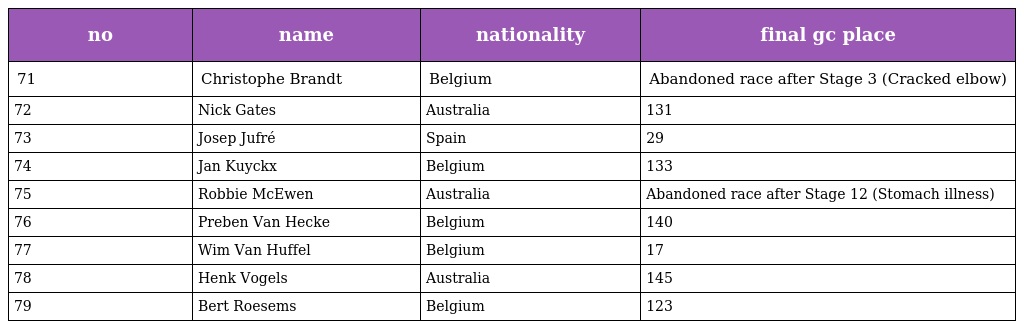
| no | name | nationality | final gc place |
 | --- | --- | --- | --- |
 | 71 | Christophe Brandt | Belgium | Abandoned race after Stage 3 (Cracked elbow) |
 | 72 | Nick Gates | Australia | 131 |
 | 73 | Josep Jufré | Spain | 29 |
 | 74 | Jan Kuyckx | Belgium | 133 |
 | 75 | Robbie McEwen | Australia | Abandoned race after Stage 12 (Stomach illness) |
 | 76 | Preben Van Hecke | Belgium | 140 |
 | 77 | Wim Van Huffel | Belgium | 17 |
 | 78 | Henk Vogels | Australia | 145 |
 | 79 | Bert Roesems | Belgium | 123 |